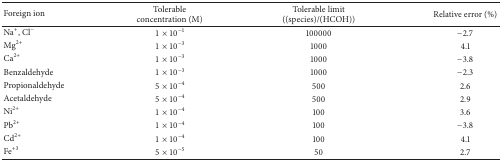
<table><thead><tr><td><b>Foreign ion </b></td><td><b>Tolerable concentration (M)</b></td><td><b>Tolerable limit ((species)/(HCOH))</b></td><td><b>Relative error (%)</b></td></tr></thead><tbody><tr><td>Na<sup>+</sup>, Cl<sup>−</sup></td><td> 1 × 10<sup>−1</sup></td><td>100000</td><td>−2.7</td></tr><tr><td>Mg<sup>2+</sup></td><td> 1 × 10<sup>−3</sup></td><td>1000</td><td>4.1</td></tr><tr><td>Ca<sup>2+</sup></td><td> 1 × 10<sup>−3</sup></td><td>1000</td><td>−3.8</td></tr><tr><td> Benzaldehyde</td><td> 1 × 10<sup>−3</sup></td><td>1000</td><td>−2.3</td></tr><tr><td>Propionaldehyde</td><td> 5 × 10<sup>−4</sup></td><td>500</td><td>2.6</td></tr><tr><td>Acetaldehyde</td><td> 5 × 10<sup>−4</sup></td><td>500</td><td>2.9</td></tr><tr><td>Ni<sup>2+</sup></td><td> 1 × 10<sup>−4</sup></td><td>100</td><td>3.6</td></tr><tr><td>Pb<sup>2+</sup></td><td> 1 × 10<sup>−4</sup></td><td>100</td><td>−3.8</td></tr><tr><td>Cd<sup>2+</sup></td><td> 1 × 10<sup>−4</sup></td><td>100</td><td>4.1</td></tr><tr><td>Fe<sup>+3</sup></td><td> 5 × 10<sup>−5</sup></td><td>50</td><td>2.7</td></tr></tbody></table>